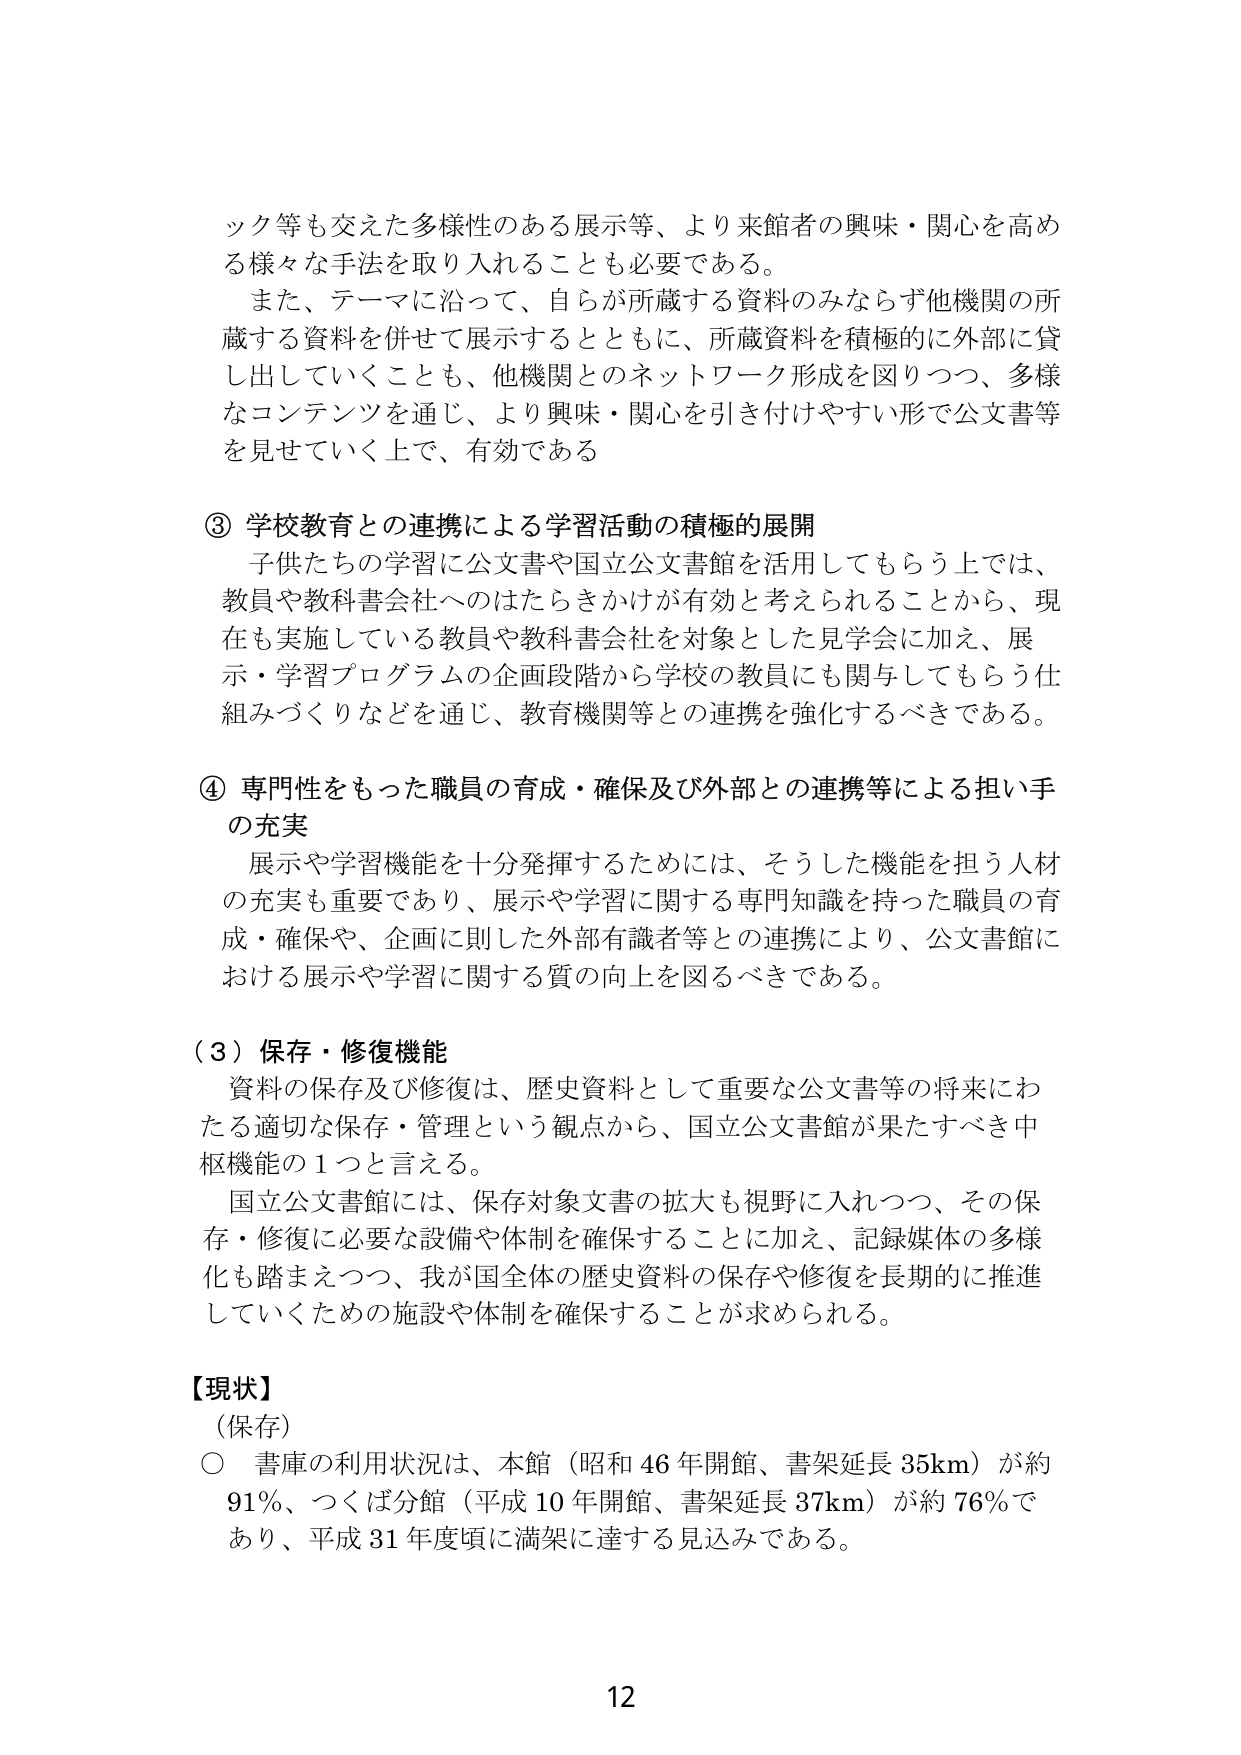
ック等も交えた多様性のある展示等、より来館者の興味・関心を高める様な手法を取り入れることも必要である。

また、テーマに沿って、自らが所蔵する資料のみならず他機関の所蔵する資料を併せて展示するとともに、所蔵資料を積極的に外部に貸し出していくことも、他機関とのネットワーク形成を図りつつ、多様なコンテンツを通じ、より興味・関心を引き付けやすい形で公文書等を見せていく上で、有効である

③ 学校教育との連携による学習活動の積極的展開
　子供たちの学習に公文書や国立公文書館を活用してもらう上では、教員や教科書会社へのはたらきかけが有効と考えられることから、現在も実施している教員や教科書会社を対象とした見学会に加え、展示・学習プログラムの企画段階から学校の教員にも関与してもらう仕組みづくりなどを通じ、教育機関等との連携を強化するべきである。

④ 専門性をもった職員の育成・確保及び外部との連携等による担い手の充実
　展示や学習機能を十分発揮するためには、そうした機能を担う人材の充実も重要であり、展示や学習に関する専門知識を持った職員の育成・確保や、企画に則した外部有識者等との連携により、公文書館における展示や学習に関する質の向上を図るべきである。

（３）保存・修復機能
　資料の保存及び修復は、歴史資料として重要な公文書等の将来にわたる適切な保存・管理という観点から、国立公文書館が果たすべき中枢機能の１つと言える。
　国立公文書館には、保存対象文書の拡大も視野に入れつつ、その保存・修復に必要な設備や体制を確保することに加え、記録媒体の多様化も踏まえつつ、我が国全体の歴史資料の保存や修復を長期的に推進していくための施設や体制を確保することが求められる。

【現状】
（保存）
○ 書庫の利用状況は、本館（昭和46年開館、書架延長35km）が約91％、つくば分館（平成10年開館、書架延長37km）が約76％であり、平成31年度頃に満架に達する見込みである。

12